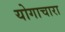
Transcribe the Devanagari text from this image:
योगाचारा